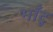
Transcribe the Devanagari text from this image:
भाँटू